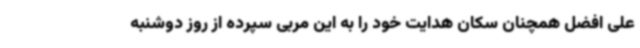
علی افضل همچنان سکان هدایت خود را به این مربی سپرده از روز دوشنبه